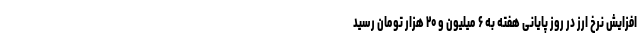
افزایش نرخ ارز در روز پایانی هفته به ۶ میلیون و ۲۰ هزار تومان رسید